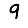
Digit: 9